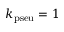
k _ { \mathrm { p s e u } } = 1